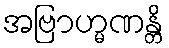
အဗြာဟ္မဏန္တိ